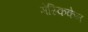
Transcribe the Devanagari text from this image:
मेस्किकेन